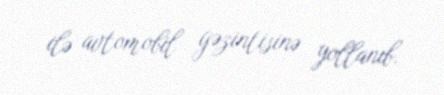
ilə avtomobil gəzintisinə yollanıb.